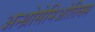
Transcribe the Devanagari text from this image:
अन्थ्रोसेमिओतिक्स